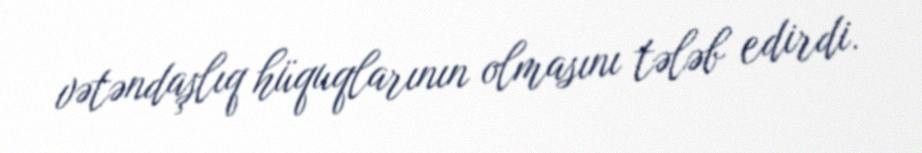
vətəndaşlıq hüquqlarının olmasını tələb edirdi.